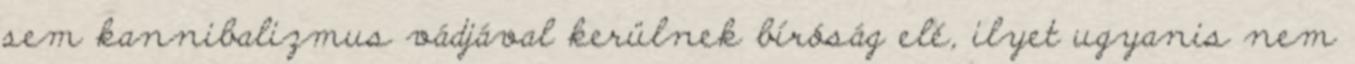
sem kannibalizmus vádjával kerülnek bíróság elé, ilyet ugyanis nem